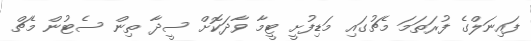
ފައިނަލްގެ ފުރަތަމަ މެޗުގައި މަޑިފުށީ ޓީމާ ވާދަކޮށް ސީދާ ތިން ސެޓުން މެޗް